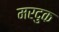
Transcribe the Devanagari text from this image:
मरदुक